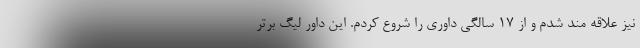
نیز علاقه مند شدم و از ۱۷ سالگی داوری را شروع کردم. این داور لیگ برتر